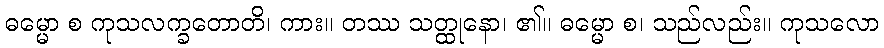
ဓမ္မော စ ကုသလက္ခတောတိ၊ ကား။ တဿ သတ္ထုနော၊ ၏။ ဓမ္မော စ၊ သည်လည်း။ ကုသလော